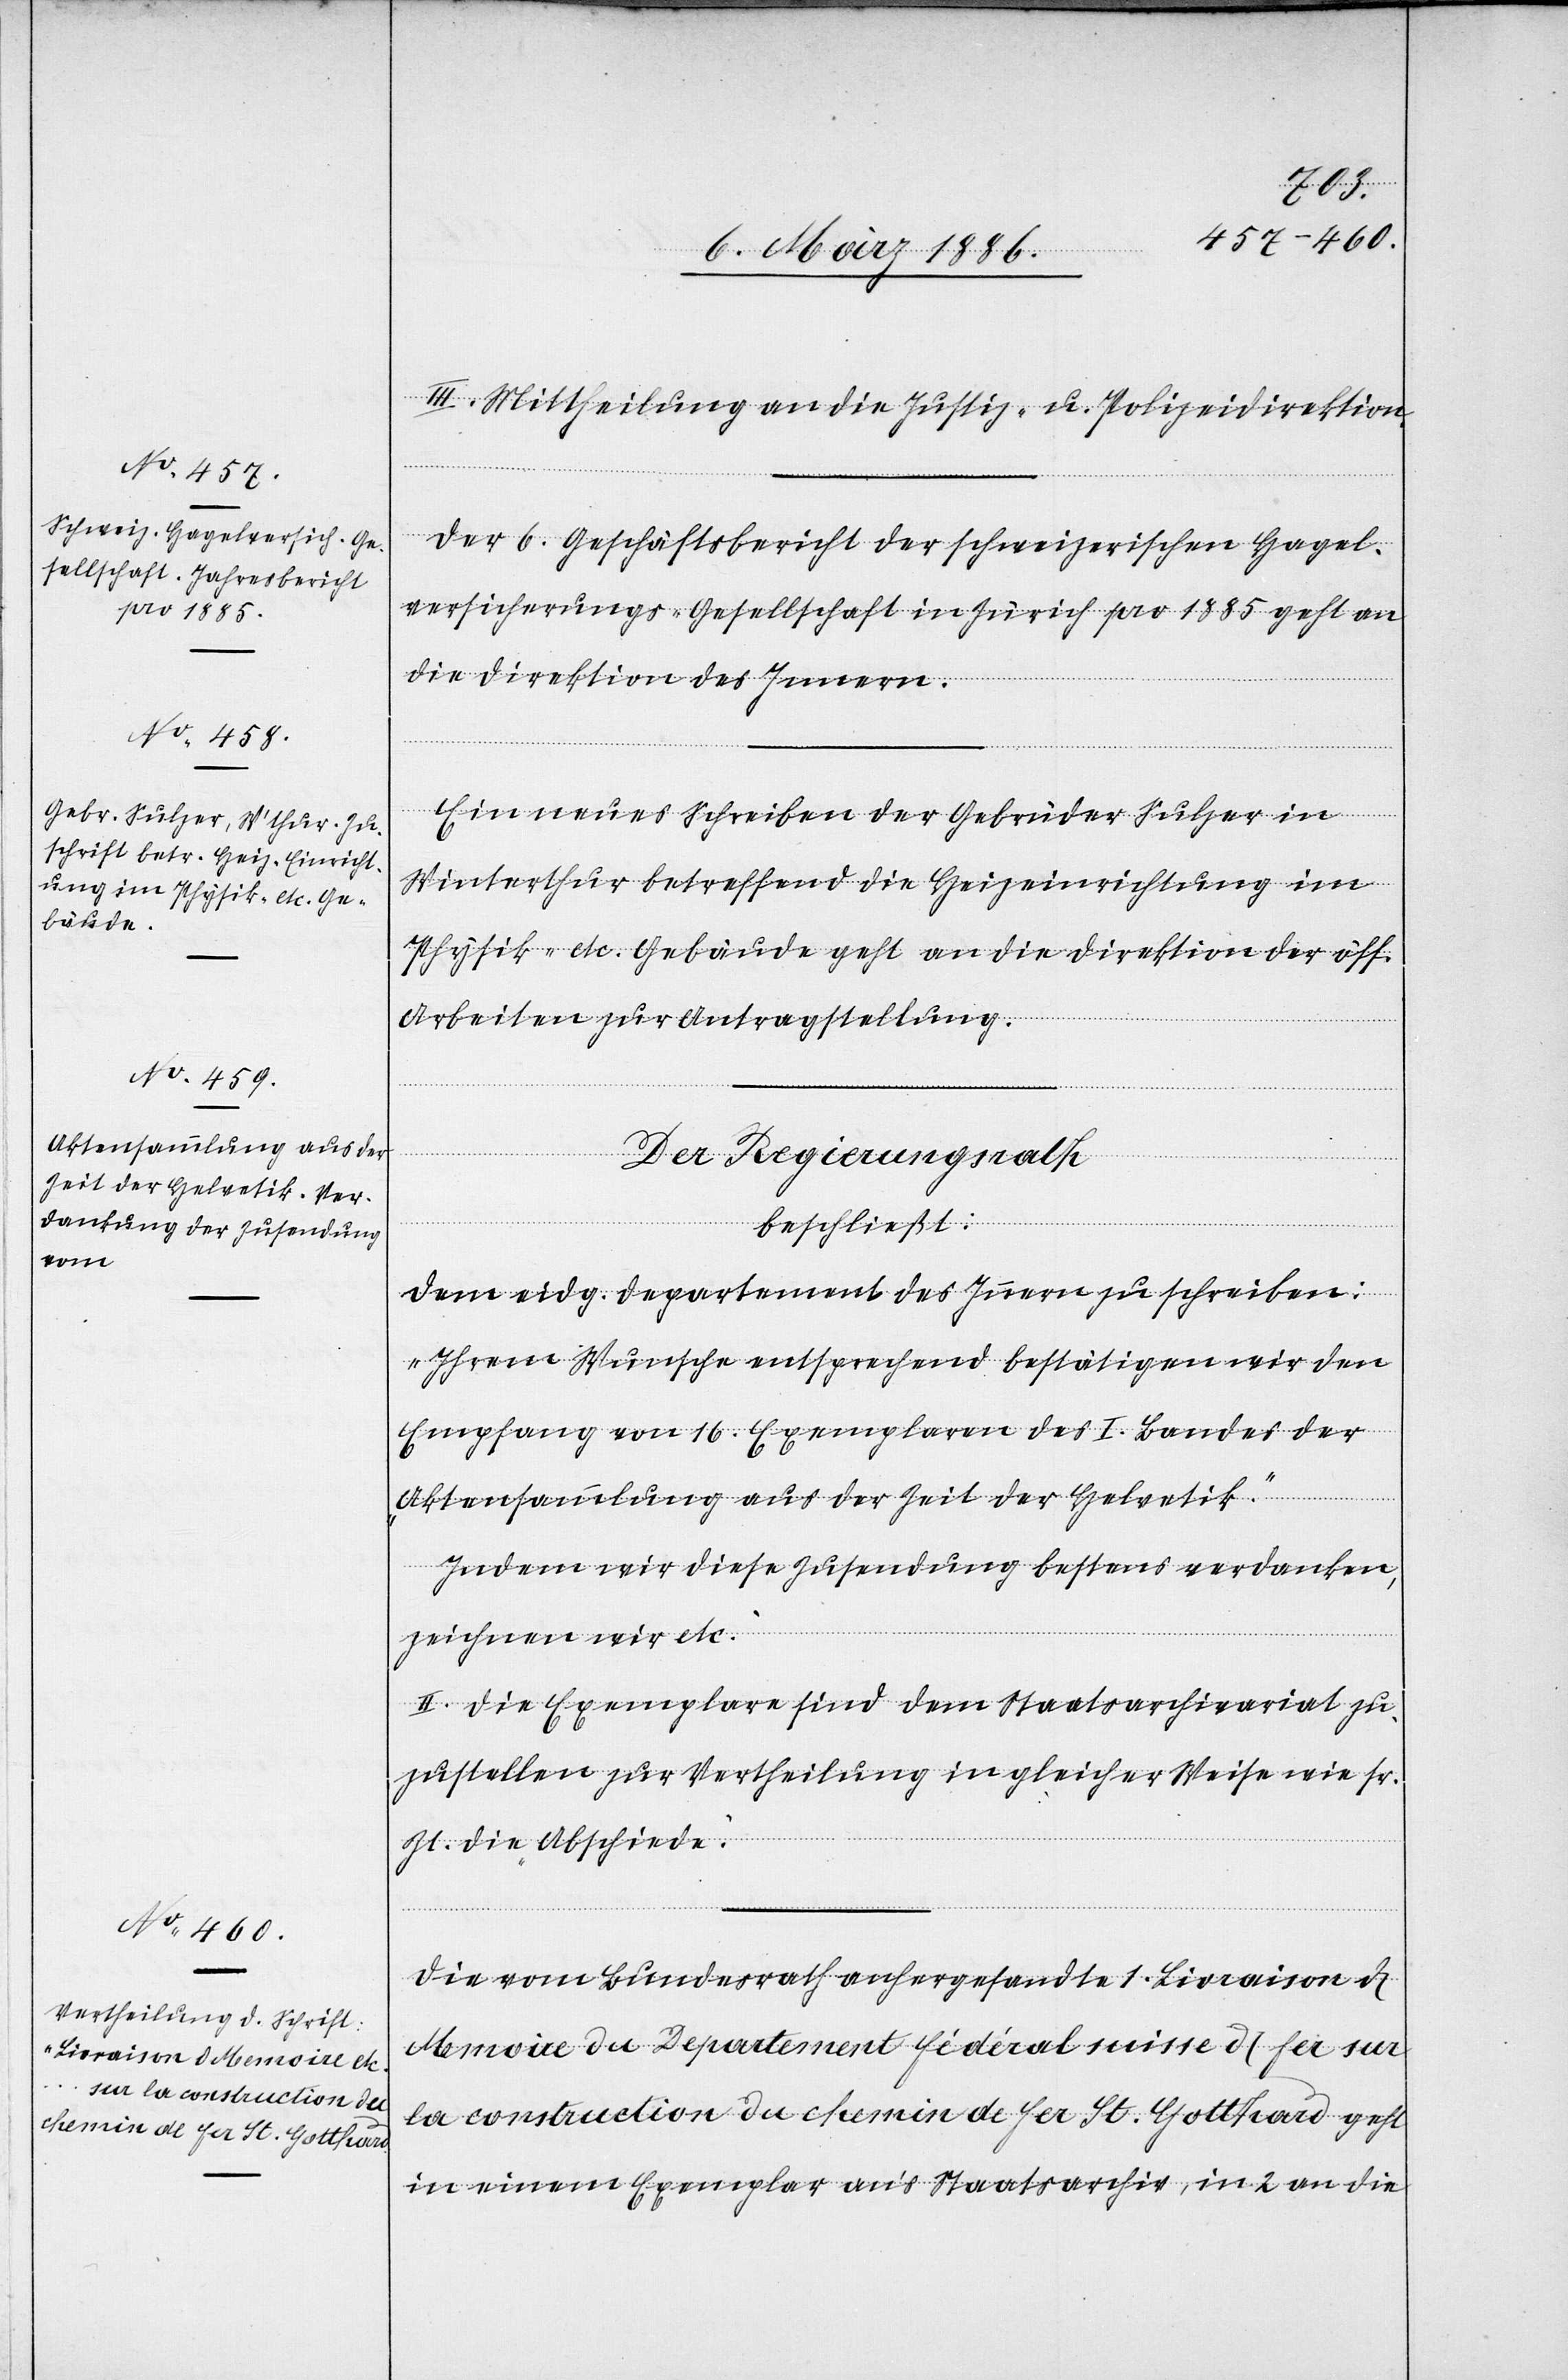
III. Mittheilung an die Justiz- u. Polizeidirektion.
Der 6. Geschäftsbericht der schweizerischen Hagel¬
versicherungs-Gesellschaft in Zürich pro 1885 geht an
die Direktion des Innern.
Ein neues Schreiben der Gebrüder Sulzer in
Winterthur betreffend die Heizeinrichtung im
Physik- etc. Gebäude geht an die Direktion der öff.
Arbeiten zur Antragstellung.
Der Regierungsrath
beschließt:
Dem eidg. Departement des Innern zu schreiben:
„Ihrem Wunsche entsprechend bestätigen wir den
Empfang von 16 Exemplaren des I. Bandes der
Aktensammlung aus der Zeit der Helvetik.
Indem wir diese Zusendung bestens verdanken,
zeichnen wir etc.“
II. Die Exemplare sind dem Staatsarchivariat zu¬
zustellen zur Vertheilung in gleicher Weise wie sr.
Zt. die Abschiede.
Die vom Bundesrath anhergesandte 1. Livraison &
Memoire du Departement fédéral suisse & fer sur
la construction de chemin de fer St. Gotthard geht
in einem Exemplar an’s Staatsarchiv, in 2 an die